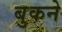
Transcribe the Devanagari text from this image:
बुकने